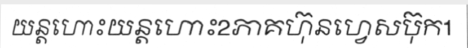
យន្តហោះយន្តហោះ2ភាគហ៊ុនហ្វេសប៊ុក1